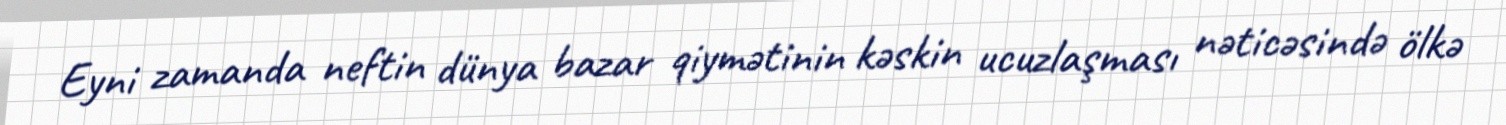
Eyni zamanda neftin dünya bazar qiymətinin kəskin ucuzlaşması nəticəsində ölkə